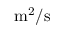
\mathrm { m ^ { 2 } / s }